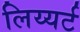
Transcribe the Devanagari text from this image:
लिय्यर्ट